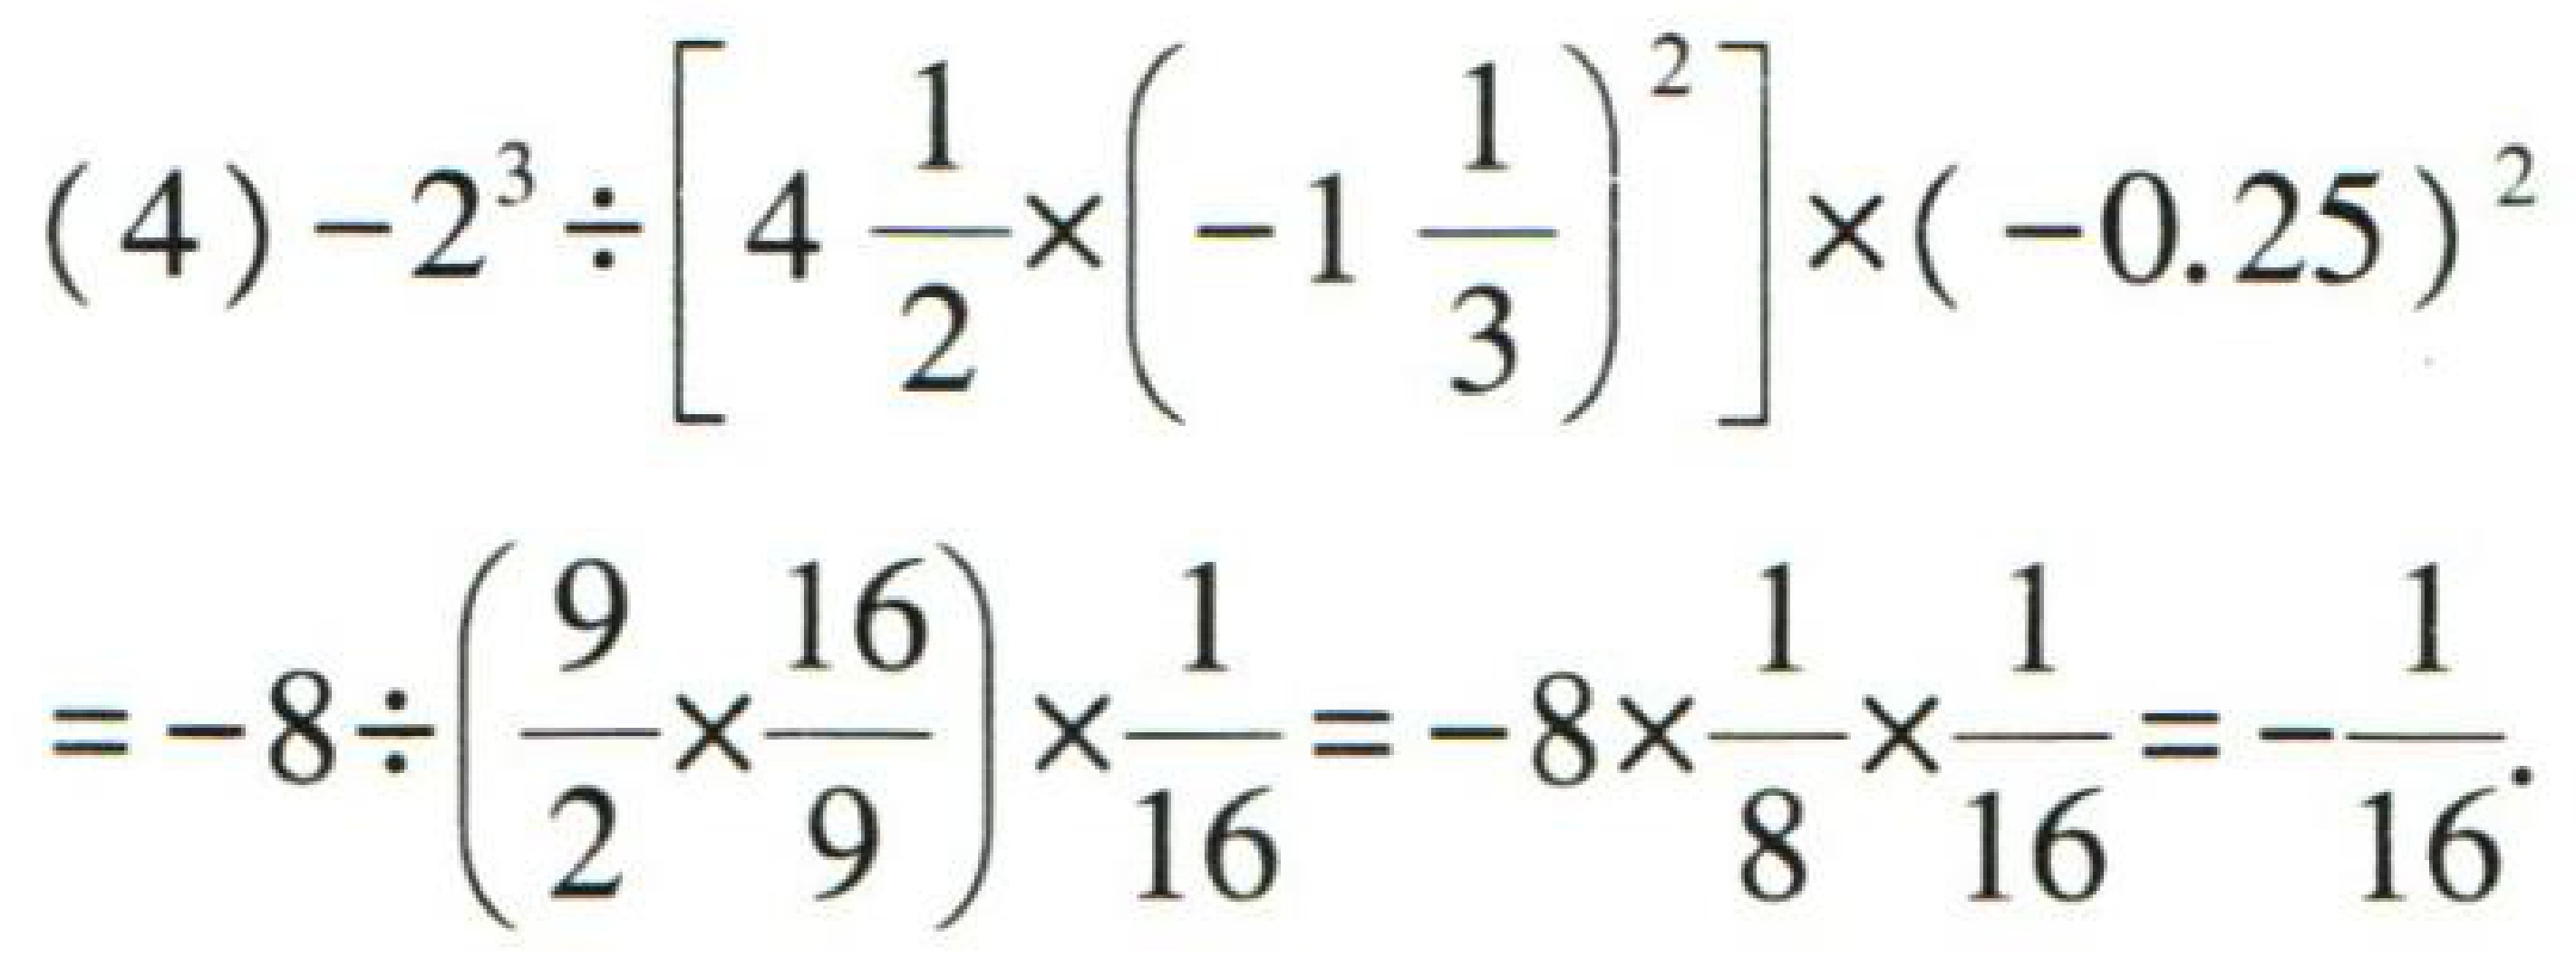
\[
\begin{align*}
&(4)-2^{3}\div\left[4\frac{1}{2}\times\left(-1\frac{1}{3}\right)^{2}\right]\times(-0.25)^{2}\\
=& - 8\div\left(\frac{9}{2}\times\frac{16}{9}\right)\times\frac{1}{16}=-8\times\frac{1}{8}\times\frac{1}{16}=-\frac{1}{16}
\end{align*}
\]